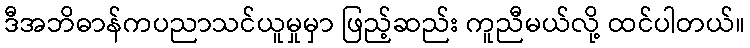
ဒီအဘိဓာန်ကပညာသင်ယူမှုမှာ ဖြည့်ဆည်း ကူညီမယ်လို့ ထင်ပါတယ်။